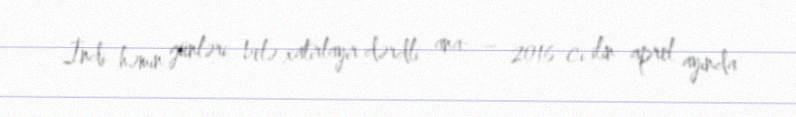
İndi həmin günləri belə xatırlayır dərdli ana: – 2016-cı ilin aprel ayında